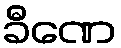
ခီဏေ